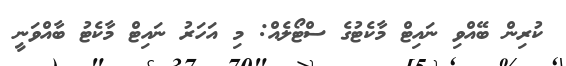
ކުރިން ބޭއްވި ނައިޓް މާކެޓުގެ ސްޓޯލެއް: މި އަހަރު ނައިޓް މާކެޓު ބާއްވަނީ